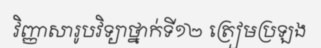
វិញ្ញាសារូបវិទ្យាថ្នាក់ទី១២ ត្រៀមប្រឡង